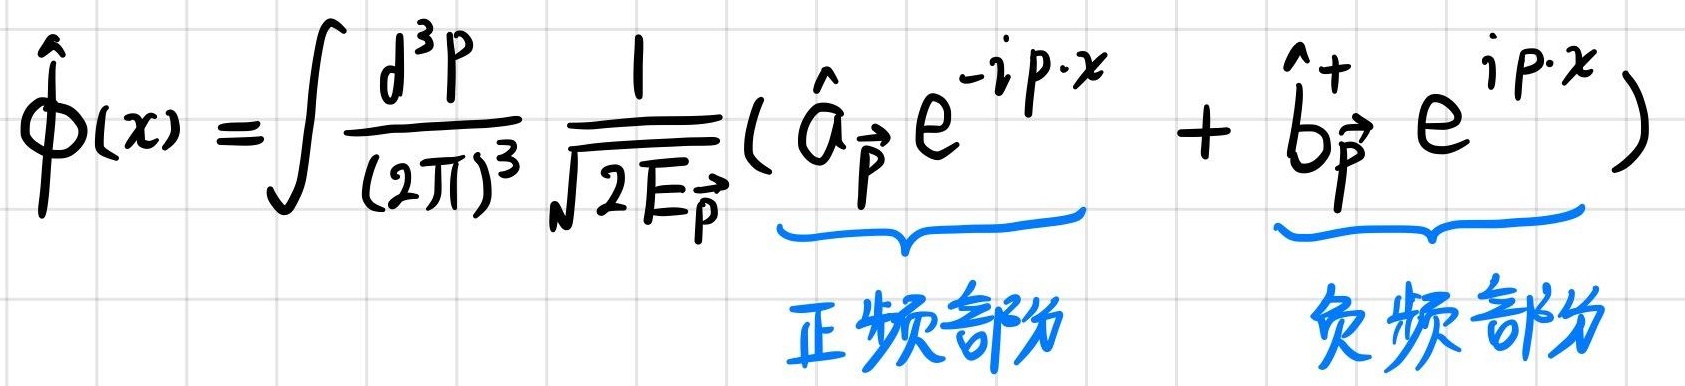
\[
\hat{\phi}(x)=\int \frac{d^{3}p}{(2 \pi)^{3}} \frac{1}{\sqrt{2 E_{\vec{p}}}} (\underbrace{\hat{a}_{\vec{p}} e^{-i p \cdot x}}_{\text{正频部分}}+\underbrace{\hat{b}_{\vec{p}}^{+} e^{i p \cdot x}}_{\text{负频部分}})
\]